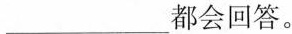
___都会回答。